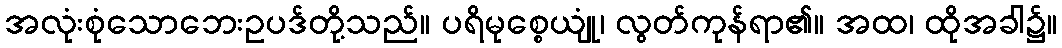
အလုံးစုံသောဘေးဥပဒ်တို့သည်။ ပရိမုစ္စေယျုံ၊ လွတ်ကုန်ရာ၏။ အထ၊ ထိုအခါ၌။